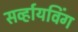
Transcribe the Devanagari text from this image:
सर्व्हायविंग